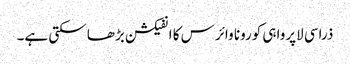
ذراسی لاپرواہی کورونا وائرس کا انفیکشن بڑھا سکتی ہے۔